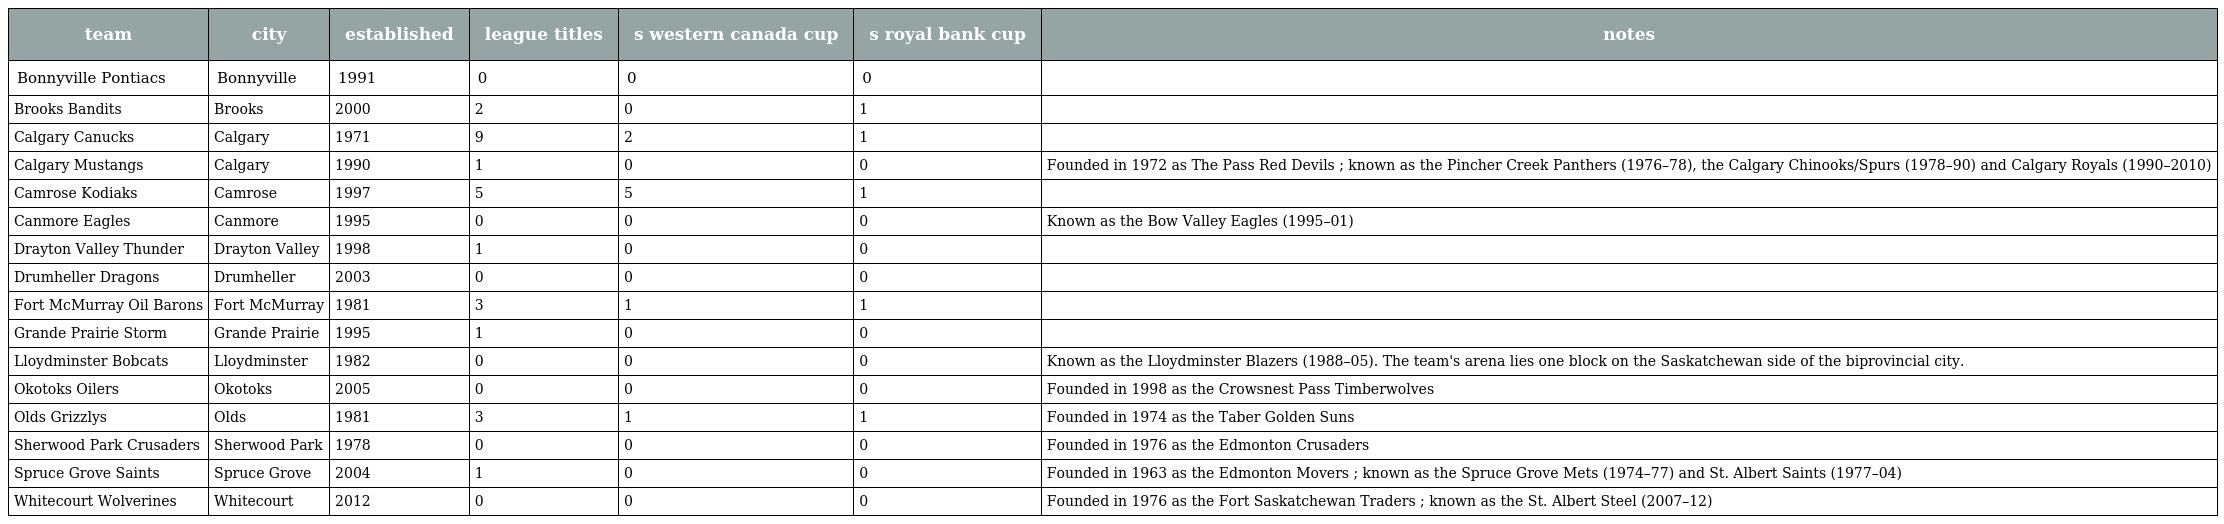
| team | city | established | league titles | s western canada cup | s royal bank cup | notes |
 | --- | --- | --- | --- | --- | --- | --- |
 | Bonnyville Pontiacs | Bonnyville | 1991 | 0 | 0 | 0 |  |
 | Brooks Bandits | Brooks | 2000 | 2 | 0 | 1 |  |
 | Calgary Canucks | Calgary | 1971 | 9 | 2 | 1 |  |
 | Calgary Mustangs | Calgary | 1990 | 1 | 0 | 0 | Founded in 1972 as The Pass Red Devils ; known as the Pincher Creek Panthers (1976–78), the Calgary Chinooks/Spurs (1978–90) and Calgary Royals (1990–2010) |
 | Camrose Kodiaks | Camrose | 1997 | 5 | 5 | 1 |  |
 | Canmore Eagles | Canmore | 1995 | 0 | 0 | 0 | Known as the Bow Valley Eagles (1995–01) |
 | Drayton Valley Thunder | Drayton Valley | 1998 | 1 | 0 | 0 |  |
 | Drumheller Dragons | Drumheller | 2003 | 0 | 0 | 0 |  |
 | Fort McMurray Oil Barons | Fort McMurray | 1981 | 3 | 1 | 1 |  |
 | Grande Prairie Storm | Grande Prairie | 1995 | 1 | 0 | 0 |  |
 | Lloydminster Bobcats | Lloydminster | 1982 | 0 | 0 | 0 | Known as the Lloydminster Blazers (1988–05). The team's arena lies one block on the Saskatchewan side of the biprovincial city. |
 | Okotoks Oilers | Okotoks | 2005 | 0 | 0 | 0 | Founded in 1998 as the Crowsnest Pass Timberwolves |
 | Olds Grizzlys | Olds | 1981 | 3 | 1 | 1 | Founded in 1974 as the Taber Golden Suns |
 | Sherwood Park Crusaders | Sherwood Park | 1978 | 0 | 0 | 0 | Founded in 1976 as the Edmonton Crusaders |
 | Spruce Grove Saints | Spruce Grove | 2004 | 1 | 0 | 0 | Founded in 1963 as the Edmonton Movers ; known as the Spruce Grove Mets (1974–77) and St. Albert Saints (1977–04) |
 | Whitecourt Wolverines | Whitecourt | 2012 | 0 | 0 | 0 | Founded in 1976 as the Fort Saskatchewan Traders ; known as the St. Albert Steel (2007–12) |